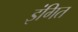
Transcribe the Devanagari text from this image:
इंगित